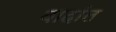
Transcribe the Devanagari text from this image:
वादांत